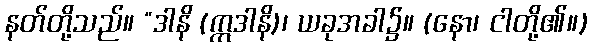
နတ်တို့သည်။ “ဒါနိ (ဣဒါနိ)၊ ယခုအခါ၌။ (နော၊ ငါတို့၏။)